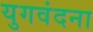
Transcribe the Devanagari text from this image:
युगवंदना